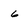
Character: 6